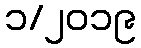
၁/၂၀၁၉